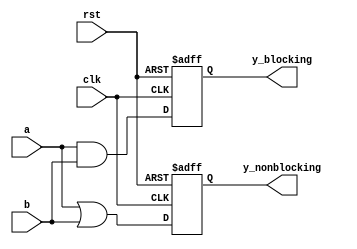
module delay_example (
    input wire clk,
    input wire rst,
    input wire a,
    input wire b,
    output reg y_blocking,
    output reg y_nonblocking
);

always @(posedge clk or posedge rst) begin
    if (rst) begin
        y_blocking <= 0; // Reset the output
        y_nonblocking <= 0; // Reset the output
    end else begin
        // Blocking assignment with a delay
        #5 y_blocking = a & b; // Delay of 5 time units

        // Non-blocking assignment with a delay
        #5 y_nonblocking <= a | b; // Delay of 5 time units
    end
end

endmodule